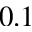
0 . 1